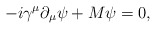
\begin{align*}-i\gamma^\mu\partial_\mu\psi+M\psi =0,\end{align*}